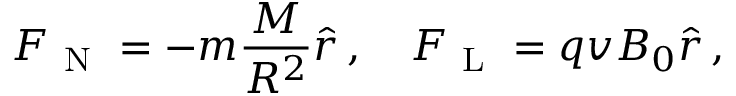
\boldsymbol { F } _ { \mathrm { ~ N ~ } } = - m \frac { M } { R ^ { 2 } } \boldsymbol { \hat { r } } \, , \quad \boldsymbol { F } _ { \mathrm { ~ L ~ } } = q v B _ { 0 } \boldsymbol { \hat { r } } \, ,